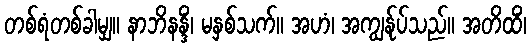
တစ်ရံတစ်ခါမျှ။ နာဘိနန္ဒိံ၊ မနှစ်သက်။ အဟံ၊ အကျွန်ုပ်သည်။ အတိထိံ၊